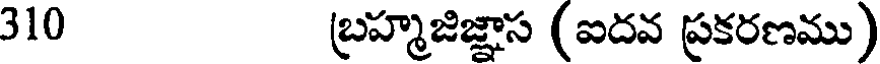
310 బ్రహ్మజిజ్ఞాస (ఐదవ ప్రకరణము)